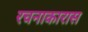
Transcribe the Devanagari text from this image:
रचनाकारास